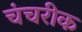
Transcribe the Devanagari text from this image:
चंचरीक